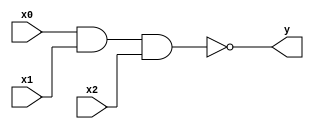
module nand_gate(y, x0, x1, x2);
	output y;
	input x0, x1, x2;
		
	assign y = ~(x0 & x1 & x2);
endmodule